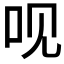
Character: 𠯟